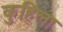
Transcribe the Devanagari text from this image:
कुहिला